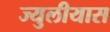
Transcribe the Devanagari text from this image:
ज्युलीयास